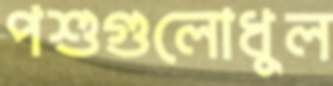
পশুগুলোধুল